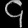
Digit: ၄